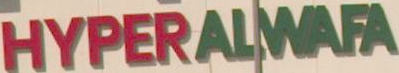
HYPERALWAFA